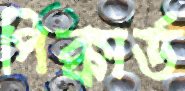
পিক্কার্ড